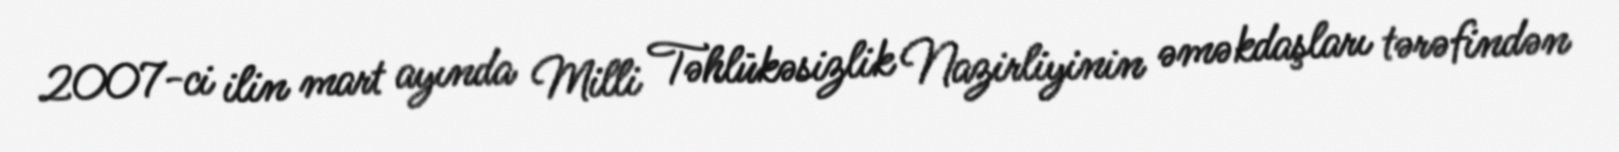
2007-ci ilin mart ayında Milli Təhlükəsizlik Nazirliyinin əməkdaşları tərəfindən